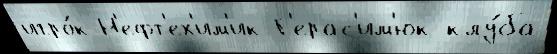
игро́к Н'ефт'ех'им'ик Г'ерас'им'юк клу́ба